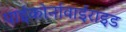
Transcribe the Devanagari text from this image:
पाईकोर्नावाईराइड